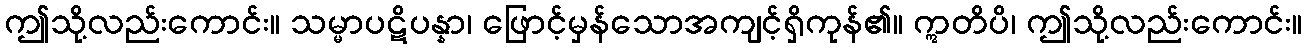
ဤသို့လည်းကောင်း။ သမ္မာပဋိပန္နာ၊ ဖြောင့်မှန်သောအကျင့်ရှိကုန်၏။ ဣတိပိ၊ ဤသို့လည်းကောင်း။